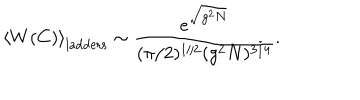
LaTeX: \left< W ( C ) \right> _ { \mathrm { l a d d e r s } } \sim \frac { e ^ { \sqrt { g ^ { 2 } N } } } { ( \pi / 2 ) ^ { 1 / 2 } ( g ^ { 2 } N ) ^ { 3 / 4 } } .